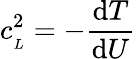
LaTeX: c_{_L}^{2}=-{\frac{\mathrm{d}T}{\mathrm{d}U}}